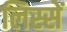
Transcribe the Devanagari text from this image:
लिस्सें